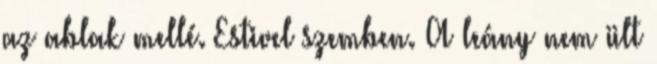
az ablak mellé. Estivel szemben. A leány nem ült